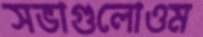
সভাগুলোওম